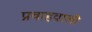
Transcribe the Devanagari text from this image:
प्रवाहवाली